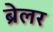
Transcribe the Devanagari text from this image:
ब्रेलर